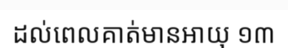
ដល់ពេលគាត់មានអាយុ ១៣